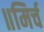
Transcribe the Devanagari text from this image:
॥मिर्च